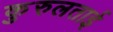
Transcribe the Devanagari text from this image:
कुरुलताई